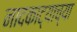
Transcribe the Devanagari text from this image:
नादकाट्याच्या